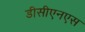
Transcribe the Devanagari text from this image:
डीसीएनएस